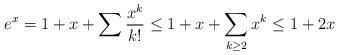
LaTeX: \begin{align*}e^{x} = 1+x+\sum \frac{x^{k}}{k!} \leq 1+x+ \sum_{k \geq 2}x^{k} \leq 1+2x\end{align*}